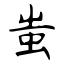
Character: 蚩